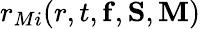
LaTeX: r_{Mi}(r,t,{\mathbf f},{\mathbf S},{\mathbf M})